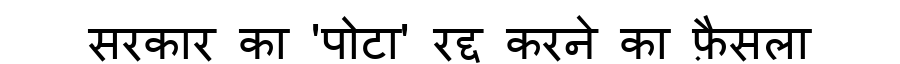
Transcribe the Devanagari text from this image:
सरकार का 'पोटा' रद्द करने का फ़ैसला